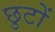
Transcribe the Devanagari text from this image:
छुटों